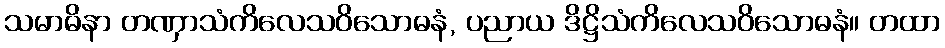
သမာဓိနာ တဏှာသံကိလေသဝိသောဓနံ, ပညာယ ဒိဋ္ဌိသံကိလေသဝိသောဓနံ။ တထာ